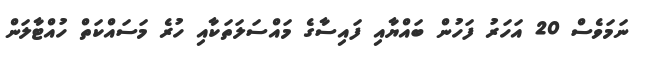
ނަމަވެސް 20 އަހަރު ފަހުން ބައްޔާއި ފައިސާގެ މައްސަލަތަކާއި ހުރެ މަސައްކަތް ހުއްޓާލަން